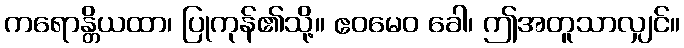
ကရောန္တိယထာ၊ ပြုကုန်၏သို့။ ဧဝမေဝ ခေါ၊ ဤအတူသာလျှင်။